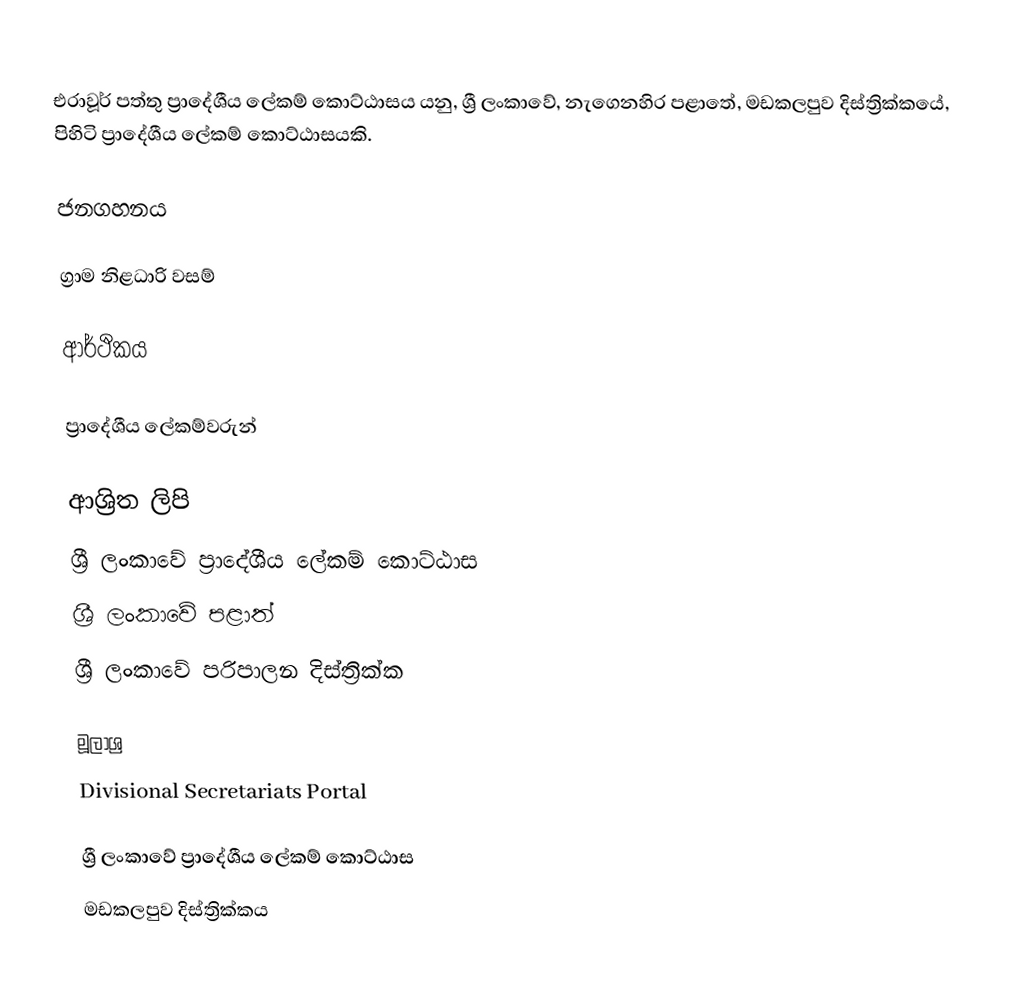
එරාවූර් පත්තු ප්‍රාදේශීය ලේකම් කොට්ඨාසය යනු,  ශ්‍රී ලංකාවේ, නැගෙනහිර පළාතේ,   මඩකලපුව දිස්ත්‍රික්කයේ, පිහිටි ප්‍රාදේශීය ලේකම් කොට්ඨාසයකි.

ජනගහනය

ග්‍රාම නිළධාරි වසම්

ආර්ථිකය

ප්‍රාදේශීය ලේකම්වරුන්

ආශ්‍රිත ලිපි
ශ්‍රී ලංකාවේ ප්‍රාදේශීය ලේකම් කොට්ඨාස
ශ්‍රී ලංකාවේ පළාත්
ශ්‍රී ලංකාවේ පරිපාලන දිස්ත්‍රික්ක

මූලාශ්‍ර
 Divisional Secretariats Portal

ශ්‍රී ලංකාවේ ප්‍රාදේශීය ලේකම් කොට්ඨාස
මඩකලපුව දිස්ත්‍රික්කය